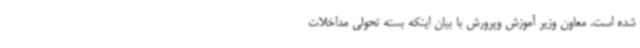
شده است. معاون وزیر آموزش وپرورش با بیان اینکه بسته تحولی مداخلات